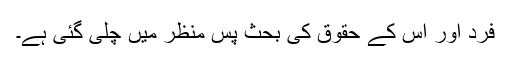
فرد اور اس کے حقوق کی بحث پس منظر میں چلی گئی ہے۔